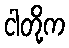
ငါတို့က